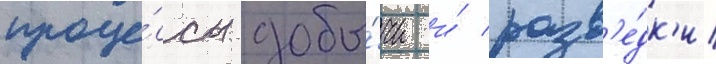
проце́ссы добы́чи и́ разв'е́дк'и